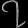
Digit: ၇